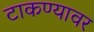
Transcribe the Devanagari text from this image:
टाकण्यावर